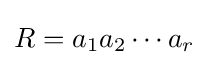
R=a_{1}a_{2}\cdots a_{r}